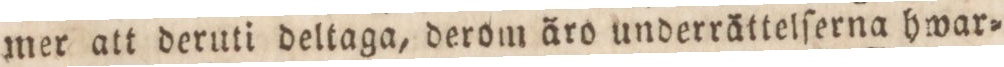
mer att deruti deltaga, derom äro underrättelſerna hwar=